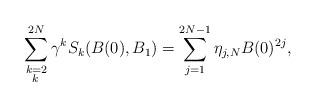
LaTeX: \begin{align*}\sum_{\substack{k=2\\k\,}}^{2N} \gamma^k S_k(B(0),B_1)=\sum_{j=1}^{2N-1} \eta_{j,N} B(0)^{2j},\end{align*}